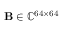
\mathbf { B } \in \mathbb { C } ^ { 6 4 \times 6 4 }